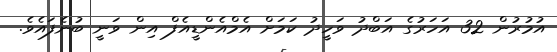
އުމުރުން 32 އަހަރުގެ އަބްދު ވަހީދު ކަމަށް އެމްއެންޑީއެފް އިން ވަނީ ބުނެފައެވެ.